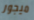
ميجور